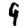
Digit: 9